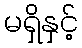
မရှိနှင့်